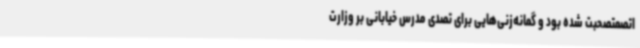
اتصمتصحبت شده بود و گمانه‌زنی‌هایی برای تصدی مدرس خیابانی بر وزارت